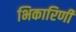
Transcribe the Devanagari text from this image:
भिकारिणी